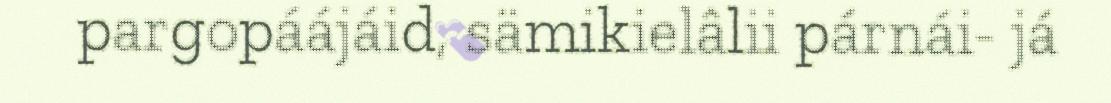
pargopáájáid, sämikielâlii párnái- já